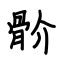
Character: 骱